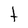
Character: t